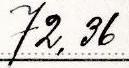
72,36